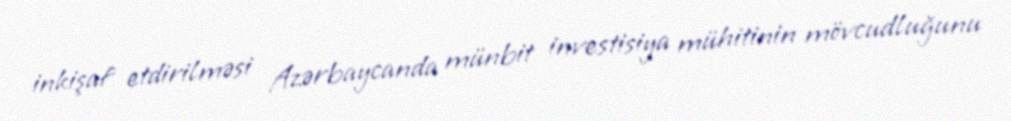
inkişaf etdirilməsi Azərbaycanda münbit investisiya mühitinin mövcudluğunu